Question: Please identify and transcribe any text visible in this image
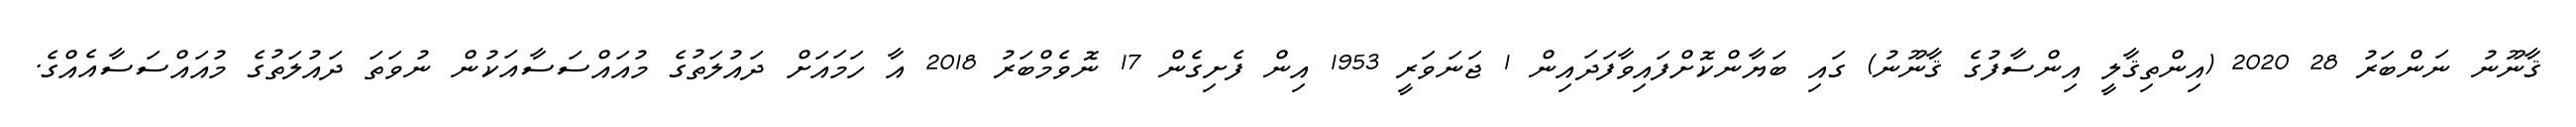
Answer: ޤާނޫނު ނަންބަރު 28 2020 (އިންތިޤާލީ އިންސާފުގެ ޤާނޫނު) ގައި ބަޔާންކޮށްފައިވާފަދައިން 1 ޖަނަވަރީ 1953 އިން ފެށިގެން 17 ނޮވެމްބަރު 2018 އާ ހަމައަށް ދައުލަތުގެ މުއައްސަސާއަކުން ނުވަތަ ދައުލަތުގެ މުއައްސަސާއެއްގެ.